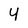
Character: 4